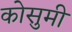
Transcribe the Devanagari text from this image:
कोसुमी